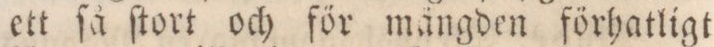
ett ſå ſtort och för mängden förhatligt